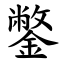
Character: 鐅